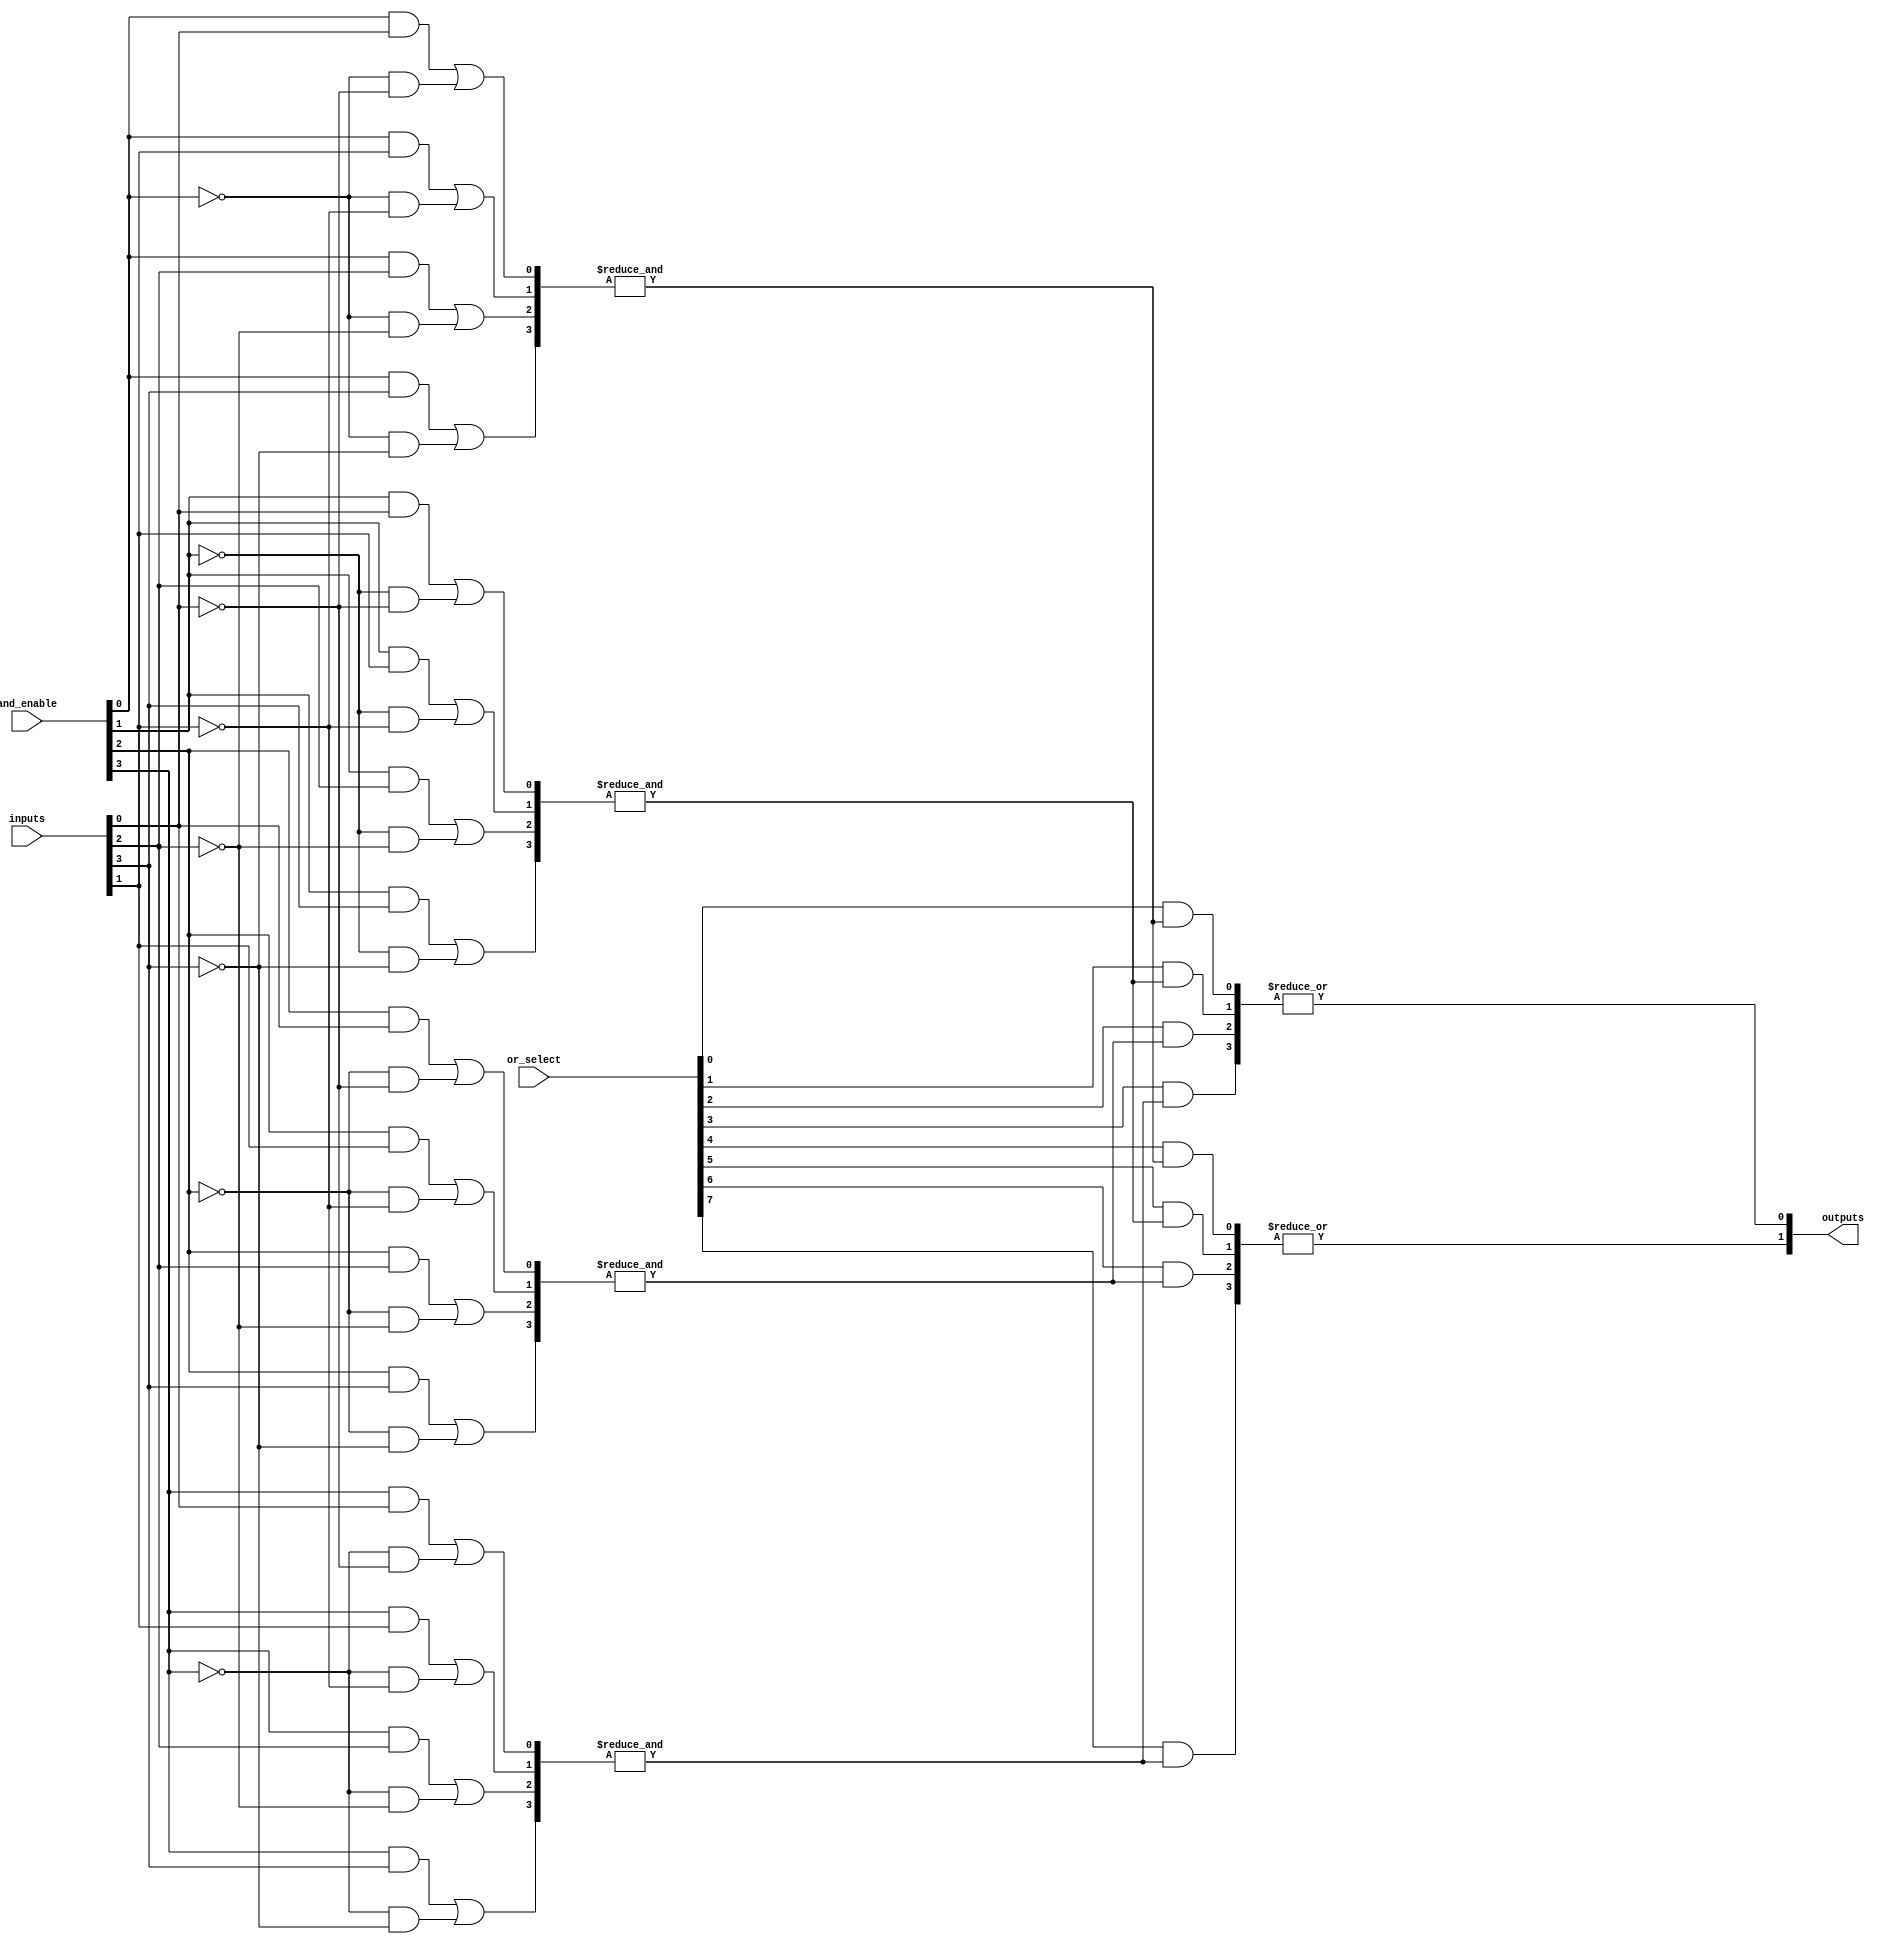
module PLA #(parameter N = 4, // Number of inputs
             parameter M = 2, // Number of outputs
             parameter P = 4  // Number of product terms (AND gates)
            ) (
    input  wire [N-1:0] inputs,  // Input signals
    input  wire [P-1:0] and_enable, // Enable signals for AND gates
    input  wire [M*P-1:0] or_select, // Select signals for OR gates
    output wire [M-1:0] outputs   // Output signals
);

// AND Plane: Generate product terms
wire [P-1:0] and_outputs [0:N-1]; // Outputs from AND gates

genvar i, j;
generate
    for (i = 0; i < P; i = i + 1) begin : and_gate
        wire [N-1:0] and_input;
        for (j = 0; j < N; j = j + 1) begin : input_mux
            assign and_input[j] = (and_enable[i] & inputs[j]) | 
                                   (~and_enable[i] & ~inputs[j]);
        end
        assign and_outputs[i] = &and_input; // AND operation for product term
    end
endgenerate

// OR Plane: Combine product terms to generate outputs
genvar k;
generate
    for (k = 0; k < M; k = k + 1) begin : or_gate
        wire [P-1:0] or_input;
        for (j = 0; j < P; j = j + 1) begin : select_mux
            assign or_input[j] = or_select[k*P + j] & and_outputs[j];
        end
        assign outputs[k] = |or_input; // OR operation for output
    end
endgenerate

endmodule